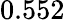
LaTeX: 0.552